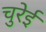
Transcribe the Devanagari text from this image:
चुरेई